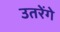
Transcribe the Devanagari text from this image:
उतरेंगे